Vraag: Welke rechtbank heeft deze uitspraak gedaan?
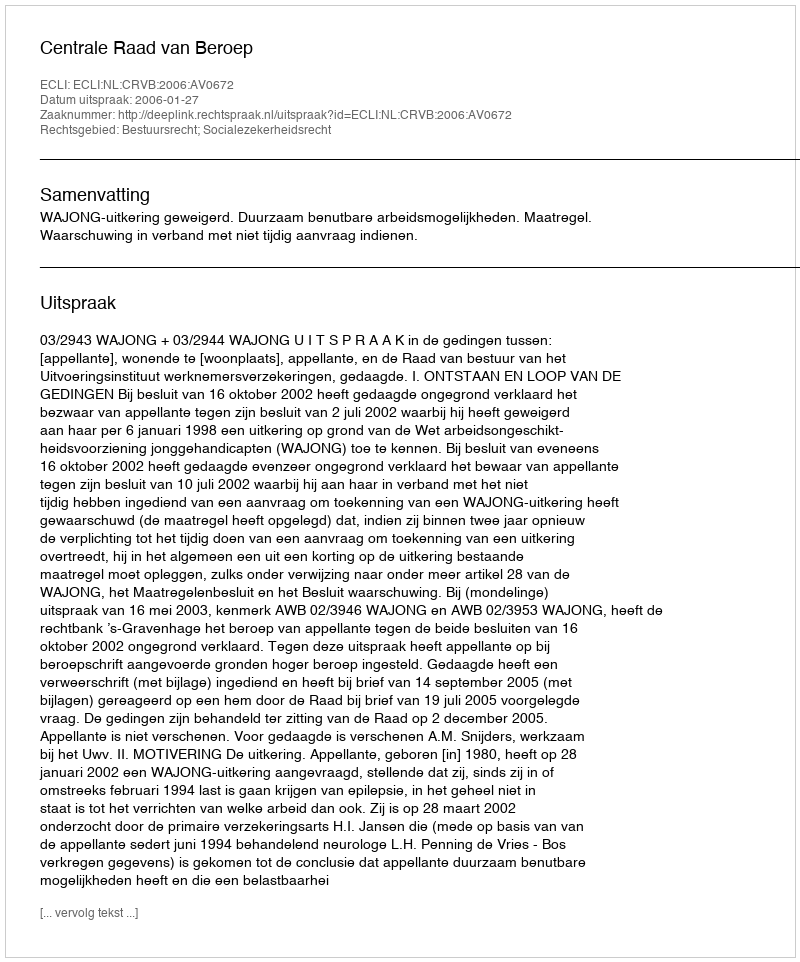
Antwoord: Centrale Raad van Beroep